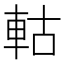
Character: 軲